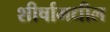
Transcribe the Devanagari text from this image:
शीर्षामधील